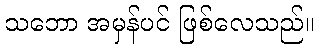
သဘော အမှန်ပင် ဖြစ်လေသည်။